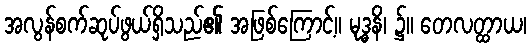
အလွန်စက်ဆုပ်ဖွယ်ရှိသည်၏ အဖြစ်ကြောင့်။ မုဒ္ဓနိ၊ ၌။ တေလတ္ထာယ၊